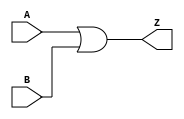
`timescale 1ns / 1ps

module or16(
    input [15:0] A,
    input [15:0] B,
    output [15:0] Z
    );
    assign Z = A | B;
endmodule